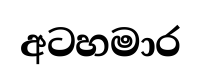
අටහමාර